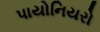
પાયોનિયરો